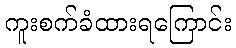
ကူးစက်ခံထားရကြောင်း